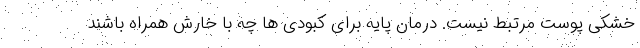
خشکی پوست مرتبط نیست. درمان پایه برای کبودی ها چه با خارش همراه باشند